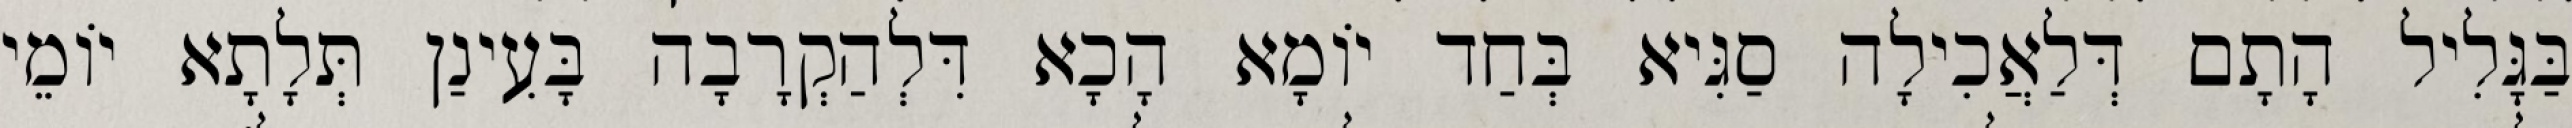
בַּגָּלִיל הָתָם דְּלַאֲכִילָה סַגִּיא בְּחַד יוֹמָא הָכָא דִּלְהַקְרָבָה בָּעִינַן תְּלָתָא יוֹמֵי